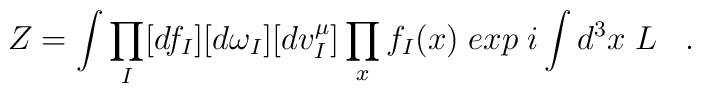
Z=\int\prod_{I}[df_{I}][d\omega_{I}][dv^{\mu}_{I}]\prod_{x}f_{I}(x)                                           \;exp\;i\int d^{3}x\;L   \;\;\;.